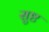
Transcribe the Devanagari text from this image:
सुष्ट